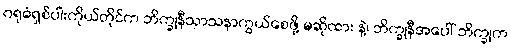
ဂရုဓံရှစ်ပါးကိုယ်တိုင်က ဘိက္ခုနီသာသနာကွယ်စေဖို့ မဆိုထား နဲ့၊ ဘိက္ခုနီအပေါ် ဘိက္ခုက